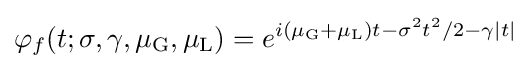
\varphi _{f}(t;\sigma ,\gamma ,\mu _{\mathrm {G} },\mu _{\mathrm {L} })=e^{i(\mu _{\mathrm {G} }+\mu _{\mathrm {L} })t-\sigma ^{2}t^{2}/2-\gamma |t|}